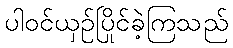
ပါဝင်ယှဉ်ပြိုင်ခဲ့ကြသည်